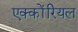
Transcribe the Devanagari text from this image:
एक्कोंरियल